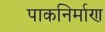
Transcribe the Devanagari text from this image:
पाकनिर्माण